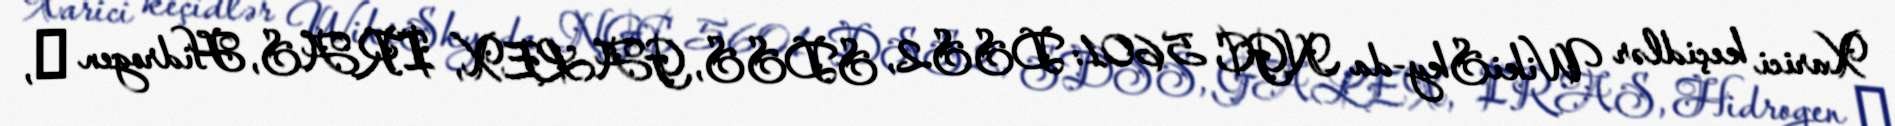
Xarici keçidlər WikiSky-da NGC 5601: DSS2, SDSS, GALEX, IRAS, Hidrogen α,